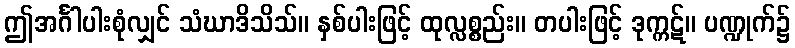
ဤအင်္ဂါပါးစုံလျှင် သံဃာဒိသိသ်။ နှစ်ပါးဖြင့် ထုလ္လစ္စည်း။ တပါးဖြင့် ဒုက္ကဋ်။ ပဏ္ဍုက်၌